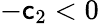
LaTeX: -\mathsf{c}_{2}<0